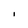
Character: I